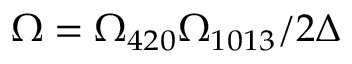
\Omega = \Omega _ { 4 2 0 } \Omega _ { 1 0 1 3 } / 2 \Delta